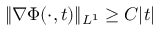
\| \nabla \Phi ( \cdot , t ) \| _ { L ^ { 1 } } \geq C | t |